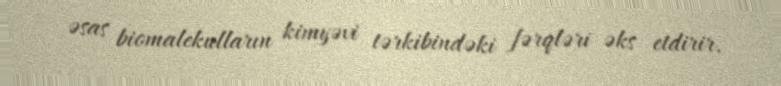
əsas biomalekulların kimyəvi tərkibindəki fərqləri əks etdirir.